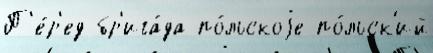
П'е́р'ед бр'ига́да по́льскоjе по́льск'ий